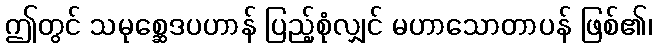
ဤတွင် သမုစ္ဆေဒပဟာန် ပြည့်စုံလျှင် မဟာသောတာပန် ဖြစ်၏၊